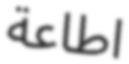
اطاعة